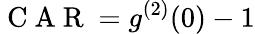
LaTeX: \mathrm{~C~A~R~}=g^{(2)}(0)-1